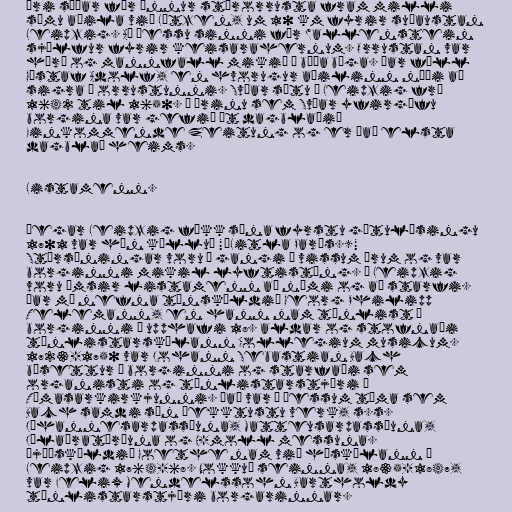
Ári síðar fór önnur stórorrusta fram milli
sömu aðila við Lützen, um 10 km fyrir suðaustan
Leipzig. Að þessu sinni fór Wallenstein
sjálfur fyrir keisarahernum. Orrustan var
hörð og mannfall mikið á báða bóga. Þar féll
Gústaf Adolf, en hvorugur aðilinn náði að
sigra í orrustunni. Svíar sátu í Leipzig frá
1642 til 1650. Á árinu sem Svíar yfirgáfu
borgina var gefið út dagblaðið
Einkommende Zeitung og er það elsta
dagblað heims.

Listamenn.

Þegar Leipzig fékk sína fyrstu götulýsingu
1701 var hún kölluð "‘Litla París.’"
Stórsýningar voru í gangi á vissum árum og var
borginni mikil lyftistöng. Í Leipzig
voru ýmsir listamenn að námi og að starfi.
Þar má nefna tónskáldið Georg Philipp
Telemann, en hann nam tónlist í
borginni í upphafi 18. aldar og stofnaði
tónlistarskólann Collegium musicum.
1723-1750 var Johann Sebastian Bach
búsettur í borginni og starfaði sem
organisti og tónlistarstjóri í
Tómasarkirkjunni. Það var á þessum tíma sem
Bach samdi sín þekktustu verk, s.s.
Jóhannesarpassíuna, Matteusarpassíuna,
Jólaóratóríuna og H-moll messuna.
Þjóðskáldið Goethe nam við háskólann í
Leipzig 1764-68. Nokkuð seinna, 1835-1847,
var Felix Mendelssohn Bartholdy
tónlistarstjóri borgarinnar.